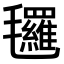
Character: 𣱀